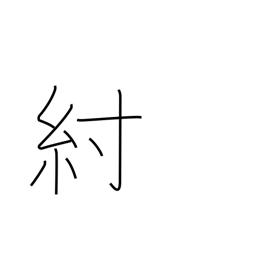
Meaning: harness strap